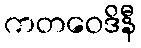
ကတဝေဒိနီ